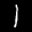
Label: 1